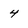
Character: 4